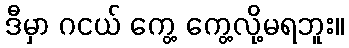
ဒီမှာ ဂငယ် ကွေ့ ကွေ့လို့မရဘူး။